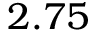
2 . 7 5